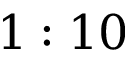
1 : 1 0